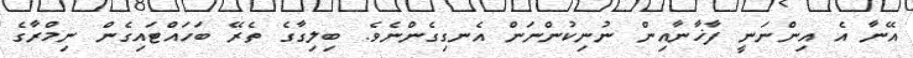
އޭނާ އެ އިންނަނީ ފާޚާނާއިން ނުނިކުންނަން އެނގިގެންނެވެ. ބިލިގާގެ ތެރޭ ބަހައްޓައިގެން ނިމްރާގެ